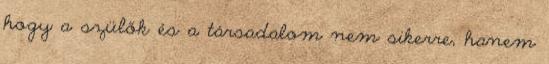
hogy a szülők és a társadalom nem sikerre, hanem